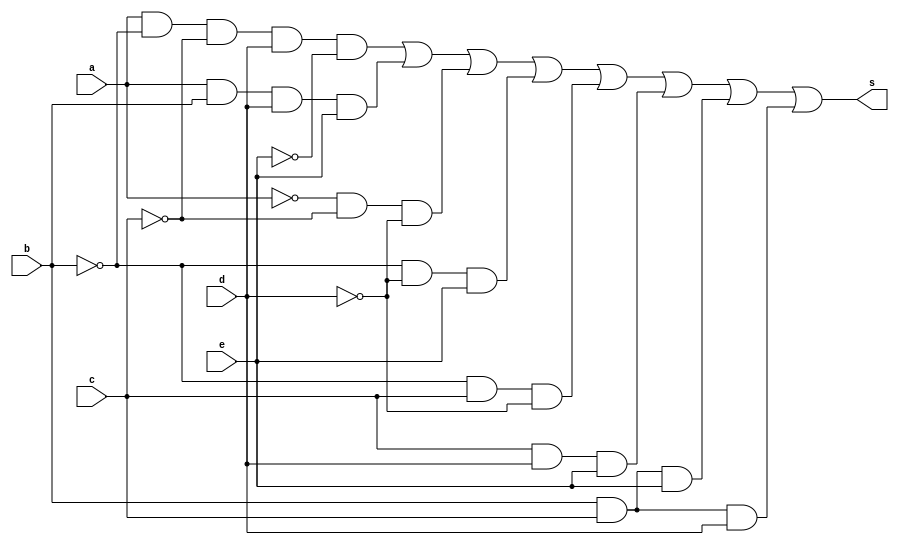
//Fabricio Rodrigues de Souza - 412737
//Guia 8

module exercicio03(s, a, b, c, d, e);

input a, b, c, d, e;
output s;

wire st1, st2, st3, st4, st5, st6, st7, st8, st9, st10, st11, st12, st13;

not N1(st1, a);
not N2(st2, b);
not N3(st3, c);
not N4(st4, d);
not N5(st5, e);

and A1(st6, a, st2, st3, d, st5);
and A2(st7, a, b, d, e);
and A3(st8, st1, st3, st4);
and A4(st9, st2, st4, e);
and A5(st10, st2, c, st4);
and A6(st11, c, d, e);
and A7(st12, b, c, e);
and A8(st13, b, c, d);

or O1(s, st6, st7, st8, st9, st10, st11, st12, st13);
endmodule

module teste;

reg a, b, c, d, e;
wire s;

exercicio03 E1(s, a, b, c, d, e);

initial begin: start
a=0;b=0;c=0;d=0;e=0;
end

initial begin: main
$display("Fabricio Rodrigues de Souza - Guia 8 - QM");
$display("A B C D E = S");
$monitor("%b %b %b %b %b = %b", a, b, c, d, e, s);
#1 a=0;b=0;c=0;d=0;e=0;
#1 a=0;b=0;c=0;d=0;e=1;
#1 a=0;b=0;c=0;d=1;e=0;
#1 a=0;b=0;c=0;d=1;e=1;
#1 a=0;b=0;c=1;d=0;e=0;
#1 a=0;b=0;c=1;d=0;e=1;
#1 a=0;b=0;c=1;d=1;e=0;
#1 a=0;b=0;c=1;d=1;e=1;
#1 a=0;b=1;c=0;d=0;e=0;
#1 a=0;b=1;c=0;d=0;e=1;
#1 a=0;b=1;c=0;d=1;e=0;
#1 a=0;b=1;c=0;d=1;e=1;
#1 a=0;b=1;c=1;d=0;e=0;
#1 a=0;b=1;c=1;d=0;e=1;
#1 a=0;b=1;c=1;d=1;e=0;
#1 a=0;b=1;c=1;d=1;e=1;
#1 a=1;b=0;c=0;d=0;e=0;
#1 a=1;b=0;c=0;d=0;e=1;
#1 a=1;b=0;c=0;d=1;e=0;
#1 a=1;b=0;c=0;d=1;e=1;
#1 a=1;b=0;c=1;d=0;e=0;
#1 a=1;b=0;c=1;d=0;e=1;
#1 a=1;b=0;c=1;d=1;e=0;
#1 a=1;b=0;c=1;d=1;e=1;
#1 a=1;b=1;c=0;d=0;e=0;
#1 a=1;b=1;c=0;d=0;e=1;
#1 a=1;b=1;c=0;d=1;e=0;
#1 a=1;b=1;c=0;d=1;e=1;
#1 a=1;b=1;c=1;d=0;e=0;
#1 a=1;b=1;c=1;d=0;e=1;
#1 a=1;b=1;c=1;d=1;e=0;
#1 a=1;b=1;c=1;d=1;e=1;

end
endmodule

/*
     ----jGRASP exec: C:\Programas\ProgramasAC\Icarus_Verilog\bin\vvp Exercicio03.vvp
    
    Fabricio Rodrigues de Souza - Guia 8 - QM
    A B C D E = S
    0 0 0 0 0 = 1
    0 0 0 0 1 = 1
    0 0 0 1 0 = 0
    0 0 0 1 1 = 0
    0 0 1 0 0 = 1
    0 0 1 0 1 = 1
    0 0 1 1 0 = 0
    0 0 1 1 1 = 1
    0 1 0 0 0 = 1
    0 1 0 0 1 = 1
    0 1 0 1 0 = 0
    0 1 0 1 1 = 0
    0 1 1 0 0 = 0
    0 1 1 0 1 = 1
    0 1 1 1 0 = 1
    0 1 1 1 1 = 1
    1 0 0 0 0 = 0
    1 0 0 0 1 = 1
    1 0 0 1 0 = 1
    1 0 0 1 1 = 0
    1 0 1 0 0 = 1
    1 0 1 0 1 = 1
    1 0 1 1 0 = 0
    1 0 1 1 1 = 1
    1 1 0 0 0 = 0
    1 1 0 0 1 = 0
    1 1 0 1 0 = 0
    1 1 0 1 1 = 1
    1 1 1 0 0 = 0
    1 1 1 0 1 = 1
    1 1 1 1 0 = 1
    1 1 1 1 1 = 1
    
     ----jGRASP: operation complete.
    

*/